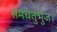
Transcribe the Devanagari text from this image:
समचतुर्भुज।